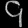
Digit: ၄